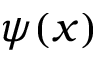
\psi ( x )